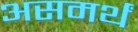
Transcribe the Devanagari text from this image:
असमर्थं